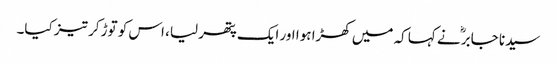
سیدنا جابرؓ نے کہا کہ میں کھڑا ہوا اور ایک پتھر لیا، اس کو توڑ کر تیز کیا۔